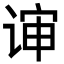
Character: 谉